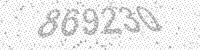
Solution: 869230